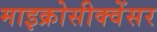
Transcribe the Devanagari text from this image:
माइक्रोसीक्वेंसर